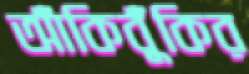
আঁকিবুঁকির